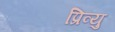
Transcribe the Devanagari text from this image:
प्रिव्यु